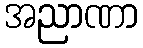
အညာဏာ